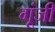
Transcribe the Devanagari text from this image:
गूंजी